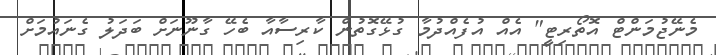
މެނޭޖުމަންޓް އޮތޯރިޓީ" އެއް އުފެއްދުމާ ގުޅޭގޮތުން ކާރިސާއާ ބެހޭ ގާނޫނަށް ބަދަލު ގެނައުމަށް